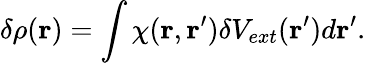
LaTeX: \delta\rho(\mathbf{r})=\int\chi(\mathbf{r},\mathbf{r}^{\prime})\delta V_{ext}(\mathbf{r}^{\prime})d\mathbf{r}^{\prime}.